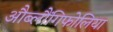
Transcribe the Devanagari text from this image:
औब्लौंगिफोलिया